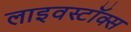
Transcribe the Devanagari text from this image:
लाइवस्टॉक्स